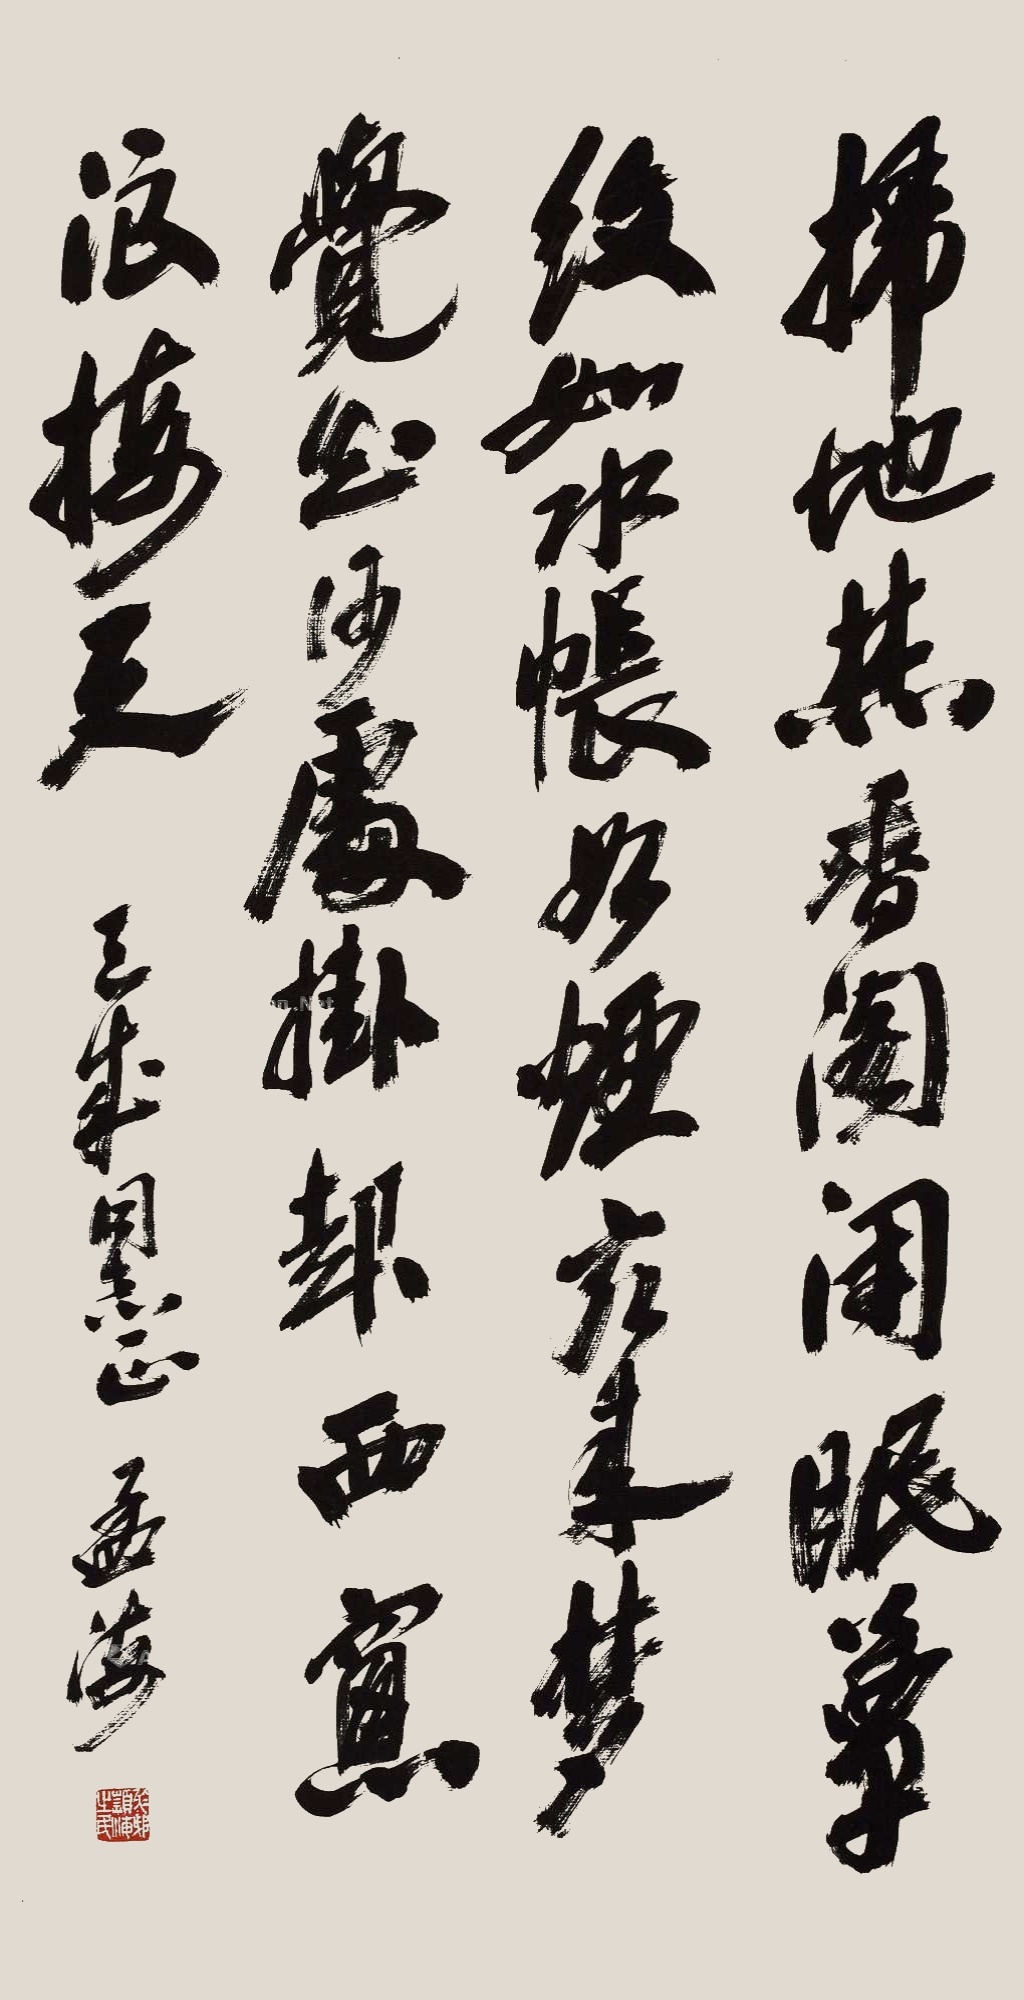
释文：扫地焚香闭阁眠，簟纹如水帐如烟。客来梦觉知何处，挂起西窗浪接天。王成同志，孟海。